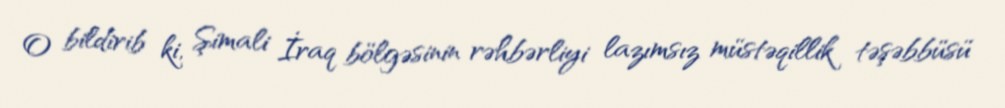
O bildirib ki, Şimali İraq bölgəsinin rəhbərliyi lazımsız müstəqillik təşəbbüsü